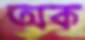
অক